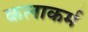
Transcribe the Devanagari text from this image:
कलाकर्म